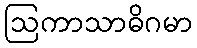
ဩကာသာဓိဂမာ